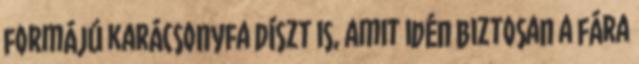
formájú karácsonyfa díszt is, amit idén biztosan a fára